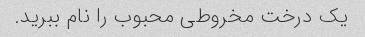
یک درخت مخروطی محبوب را نام ببرید.